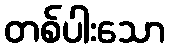
တစ်ပါးသော